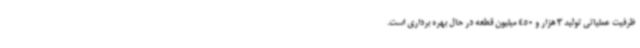
ظرفیت عملیاتی تولید 3 هزار و 450 میلیون قطعه در حال بهره برداری است.